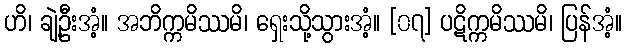
ဟိ၊ ချဲ့ဦးအံ့။ အဘိက္ကမိဿမိ၊ ရှေးသို့သွားအံ့။ [၀၇] ပဋိက္ကမိဿမိ၊ ပြန်အံ့။